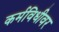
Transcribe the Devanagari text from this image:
कर्मविधीवर